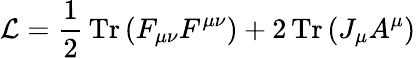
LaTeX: {\cal L}={\frac{1}{2}}\, \mathrm{Tr}\, (F_{\mu\nu}F^{\mu\nu})+2\, \mathrm{Tr}\, (J_{\mu}A^{\mu})